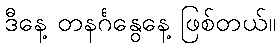
ဒီနေ့ တနင်္ဂနွေနေ့ ဖြစ်တယ်။